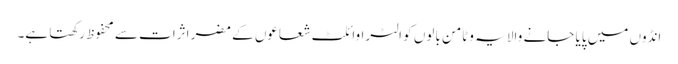
انڈوں میں پایا جانے والا یہ وٹامن بالوں کو الٹراوائلٹ شعاعوں کے مضر اثرات سے محفوظ رکھتا ہے۔